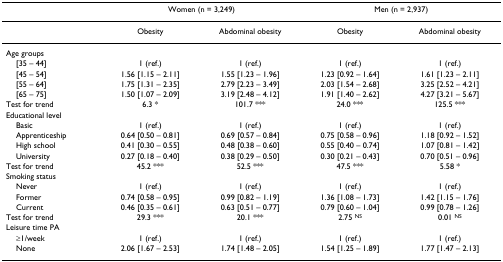
<table><thead><tr><td></td><td colspan="2"><b>Women (n = 3,249)</b></td><td colspan="2"><b>Men (n = 2,937)</b></td></tr></thead><tbody><tr><td></td><td>Obesity</td><td>Abdominal obesity</td><td>Obesity</td><td>Abdominal obesity</td></tr><tr><td>Age groups</td><td></td><td></td><td></td><td></td></tr><tr><td> [35 – 44]</td><td>1 (ref.)</td><td>1 (ref.)</td><td>1 (ref.)</td><td>1 (ref.)</td></tr><tr><td> [45 – 54]</td><td>1.56 [1.15 – 2.11]</td><td>1.55 [1.23 – 1.96]</td><td>1.23 [0.92 – 1.64]</td><td>1.61 [1.23 – 2.11]</td></tr><tr><td> [55 – 64]</td><td>1.75 [1.31 – 2.35]</td><td>2.79 [2.23 – 3.49]</td><td>2.03 [1.54 – 2.68]</td><td>3.25 [2.52 – 4.21]</td></tr><tr><td> [65 – 75]</td><td>1.50 [1.07 – 2.09]</td><td>3.19 [2.48 – 4.12]</td><td>1.91 [1.40 – 2.62]</td><td>4.27 [3.21 – 5.67]</td></tr><tr><td>Test for trend</td><td>6.3 *</td><td>101.7 ***</td><td>24.0 ***</td><td>125.5 ***</td></tr><tr><td>Educational level</td><td></td><td></td><td></td><td></td></tr><tr><td> Basic</td><td>1 (ref.)</td><td>1 (ref.)</td><td>1 (ref.)</td><td>1 (ref.)</td></tr><tr><td> Apprenticeship</td><td>0.64 [0.50 – 0.81]</td><td>0.69 [0.57 – 0.84]</td><td>0.75 [0.58 – 0.96]</td><td>1.18 [0.92 – 1.52]</td></tr><tr><td> High school</td><td>0.41 [0.30 – 0.55]</td><td>0.48 [0.38 – 0.60]</td><td>0.55 [0.40 – 0.74]</td><td>1.07 [0.81 – 1.42]</td></tr><tr><td> University</td><td>0.27 [0.18 – 0.40]</td><td>0.38 [0.29 – 0.50]</td><td>0.30 [0.21 – 0.43]</td><td>0.70 [0.51 – 0.96]</td></tr><tr><td>Test for trend</td><td>45.2 ***</td><td>52.5 ***</td><td>47.5 ***</td><td>5.58 *</td></tr><tr><td>Smoking status</td><td></td><td></td><td></td><td></td></tr><tr><td> Never</td><td>1 (ref.)</td><td>1 (ref.)</td><td>1 (ref.)</td><td>1 (ref.)</td></tr><tr><td> Former</td><td>0.74 [0.58 – 0.95]</td><td>0.99 [0.82 – 1.19]</td><td>1.36 [1.08 – 1.73]</td><td>1.42 [1.15 – 1.76]</td></tr><tr><td> Current</td><td>0.46 [0.35 – 0.61]</td><td>0.63 [0.51 – 0.77]</td><td>0.79 [0.60 – 1.04]</td><td>0.99 [0.78 – 1.26]</td></tr><tr><td>Test for trend</td><td>29.3 ***</td><td>20.1 ***</td><td>2.75 <sup>NS</sup></td><td>0.01 <sup>NS</sup></td></tr><tr><td>Leisure time PA</td><td></td><td></td><td></td><td></td></tr><tr><td> ≥1/week</td><td>1 (ref.)</td><td>1 (ref.)</td><td>1 (ref.)</td><td>1 (ref.)</td></tr><tr><td> None</td><td>2.06 [1.67 – 2.53]</td><td>1.74 [1.48 – 2.05]</td><td>1.54 [1.25 – 1.89]</td><td>1.77 [1.47 – 2.13]</td></tr></tbody></table>